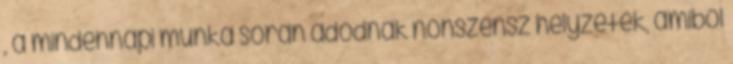
, a mindennapi munka során adódnak nonszensz helyzetek, amiből